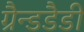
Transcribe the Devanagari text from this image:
ग्रैन्डडैडी